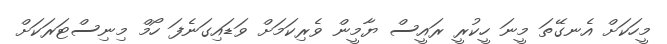
މީހަކަށް އެނގޭތަ މީނަ ހީކުރީ ރައީސް ޔާމީން ވެރިކަމަށް ވަޑައިގަނެފަ ހޯމް މިނިސްޓަރަކަށް